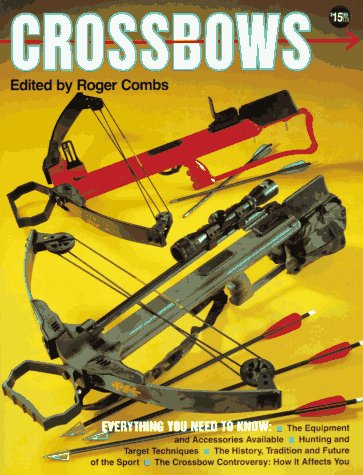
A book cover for Crossbows; Sports & Outdoors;